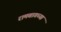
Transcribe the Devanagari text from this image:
रामबागच्या